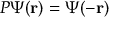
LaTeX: P \Psi ( \mathbf { r } ) = \Psi ( - \mathbf { r } )